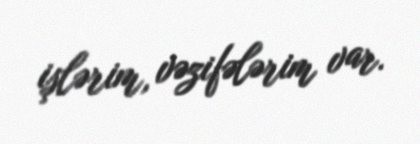
işlərim, vəzifələrim var.